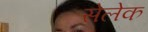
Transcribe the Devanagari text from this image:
सेलेक